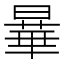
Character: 曅